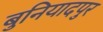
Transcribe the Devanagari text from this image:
बुनियादपुर